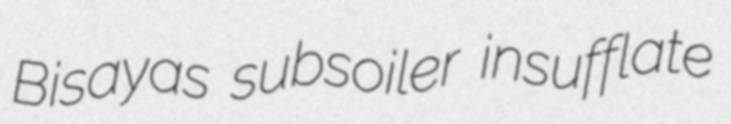
Bisayas subsoiler insufflate